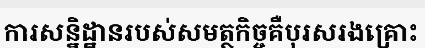
ការសន្និដ្ឋានរបស់សមត្ថកិច្ចគឺបុរសរងគ្រោះ